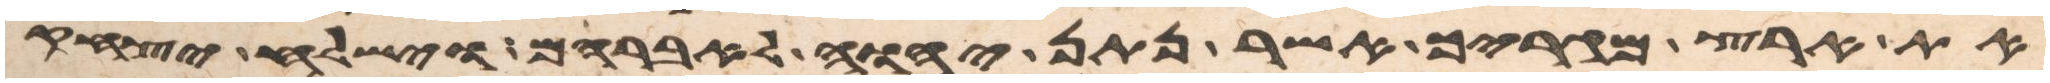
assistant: את ארץ מגריך אשר נתן יהוה לאברהם וישלח יצחק